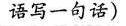
语写一句话)